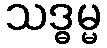
သဒ္ဓမ္မ